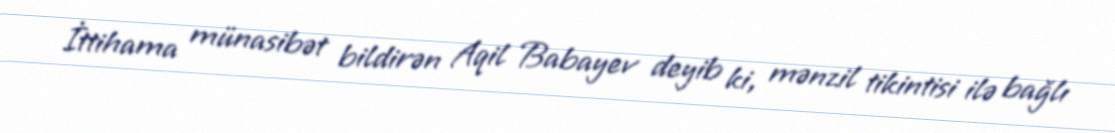
İttihama münasibət bildirən Aqil Babayev deyib ki, mənzil tikintisi ilə bağlı